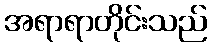
အရာရာတိုင်းသည်